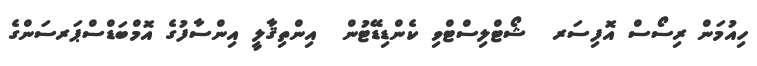
ހިއުމަން ރިސޯސް އޮފިސަރ  ޝޯޓްލިސްޓްވި ކެންޑިޑޭޓުން  އިންތިޤާލީ އިންސާފުގެ އޮމްބަޑްސްޕަރސަންގެ